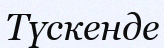
Түскенде